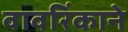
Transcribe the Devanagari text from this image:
वावरिंकाने